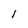
Character: 1